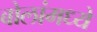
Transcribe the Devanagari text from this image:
बोलांमध्ये